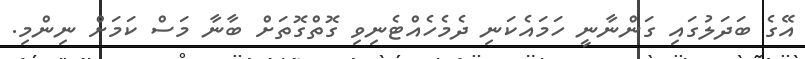
އޭގެ ބަދަލުގައި ގަންނާނީ ހަމައެކަނި ދެމެހެއްޓެނިވި ގޮތްގޮތަށް ބާނާ މަސް ކަމަށް ނިންމި.